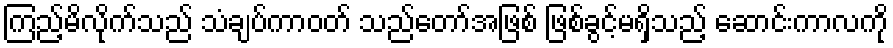
ကြည့်မိလိုက်သည် သံချပ်ကာဝတ် သည်တော်အဖြစ် ဖြစ်ခွင့်မရှိသည့် ဆောင်းကာလကို